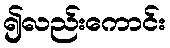
၍လည်းကောင်း